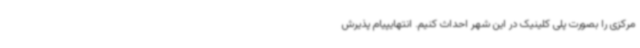
مرکزی را بصورت پلی کلینیک در این شهر احداث کنیم. انتهایپیام پذیرش